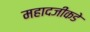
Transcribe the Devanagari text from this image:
महादजीकडे